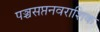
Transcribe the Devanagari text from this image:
पञ्चसप्तनवराशिक